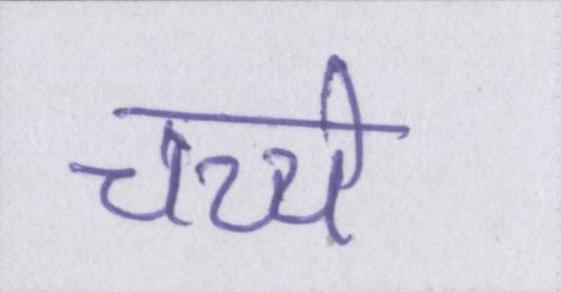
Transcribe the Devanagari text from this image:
चच्चे